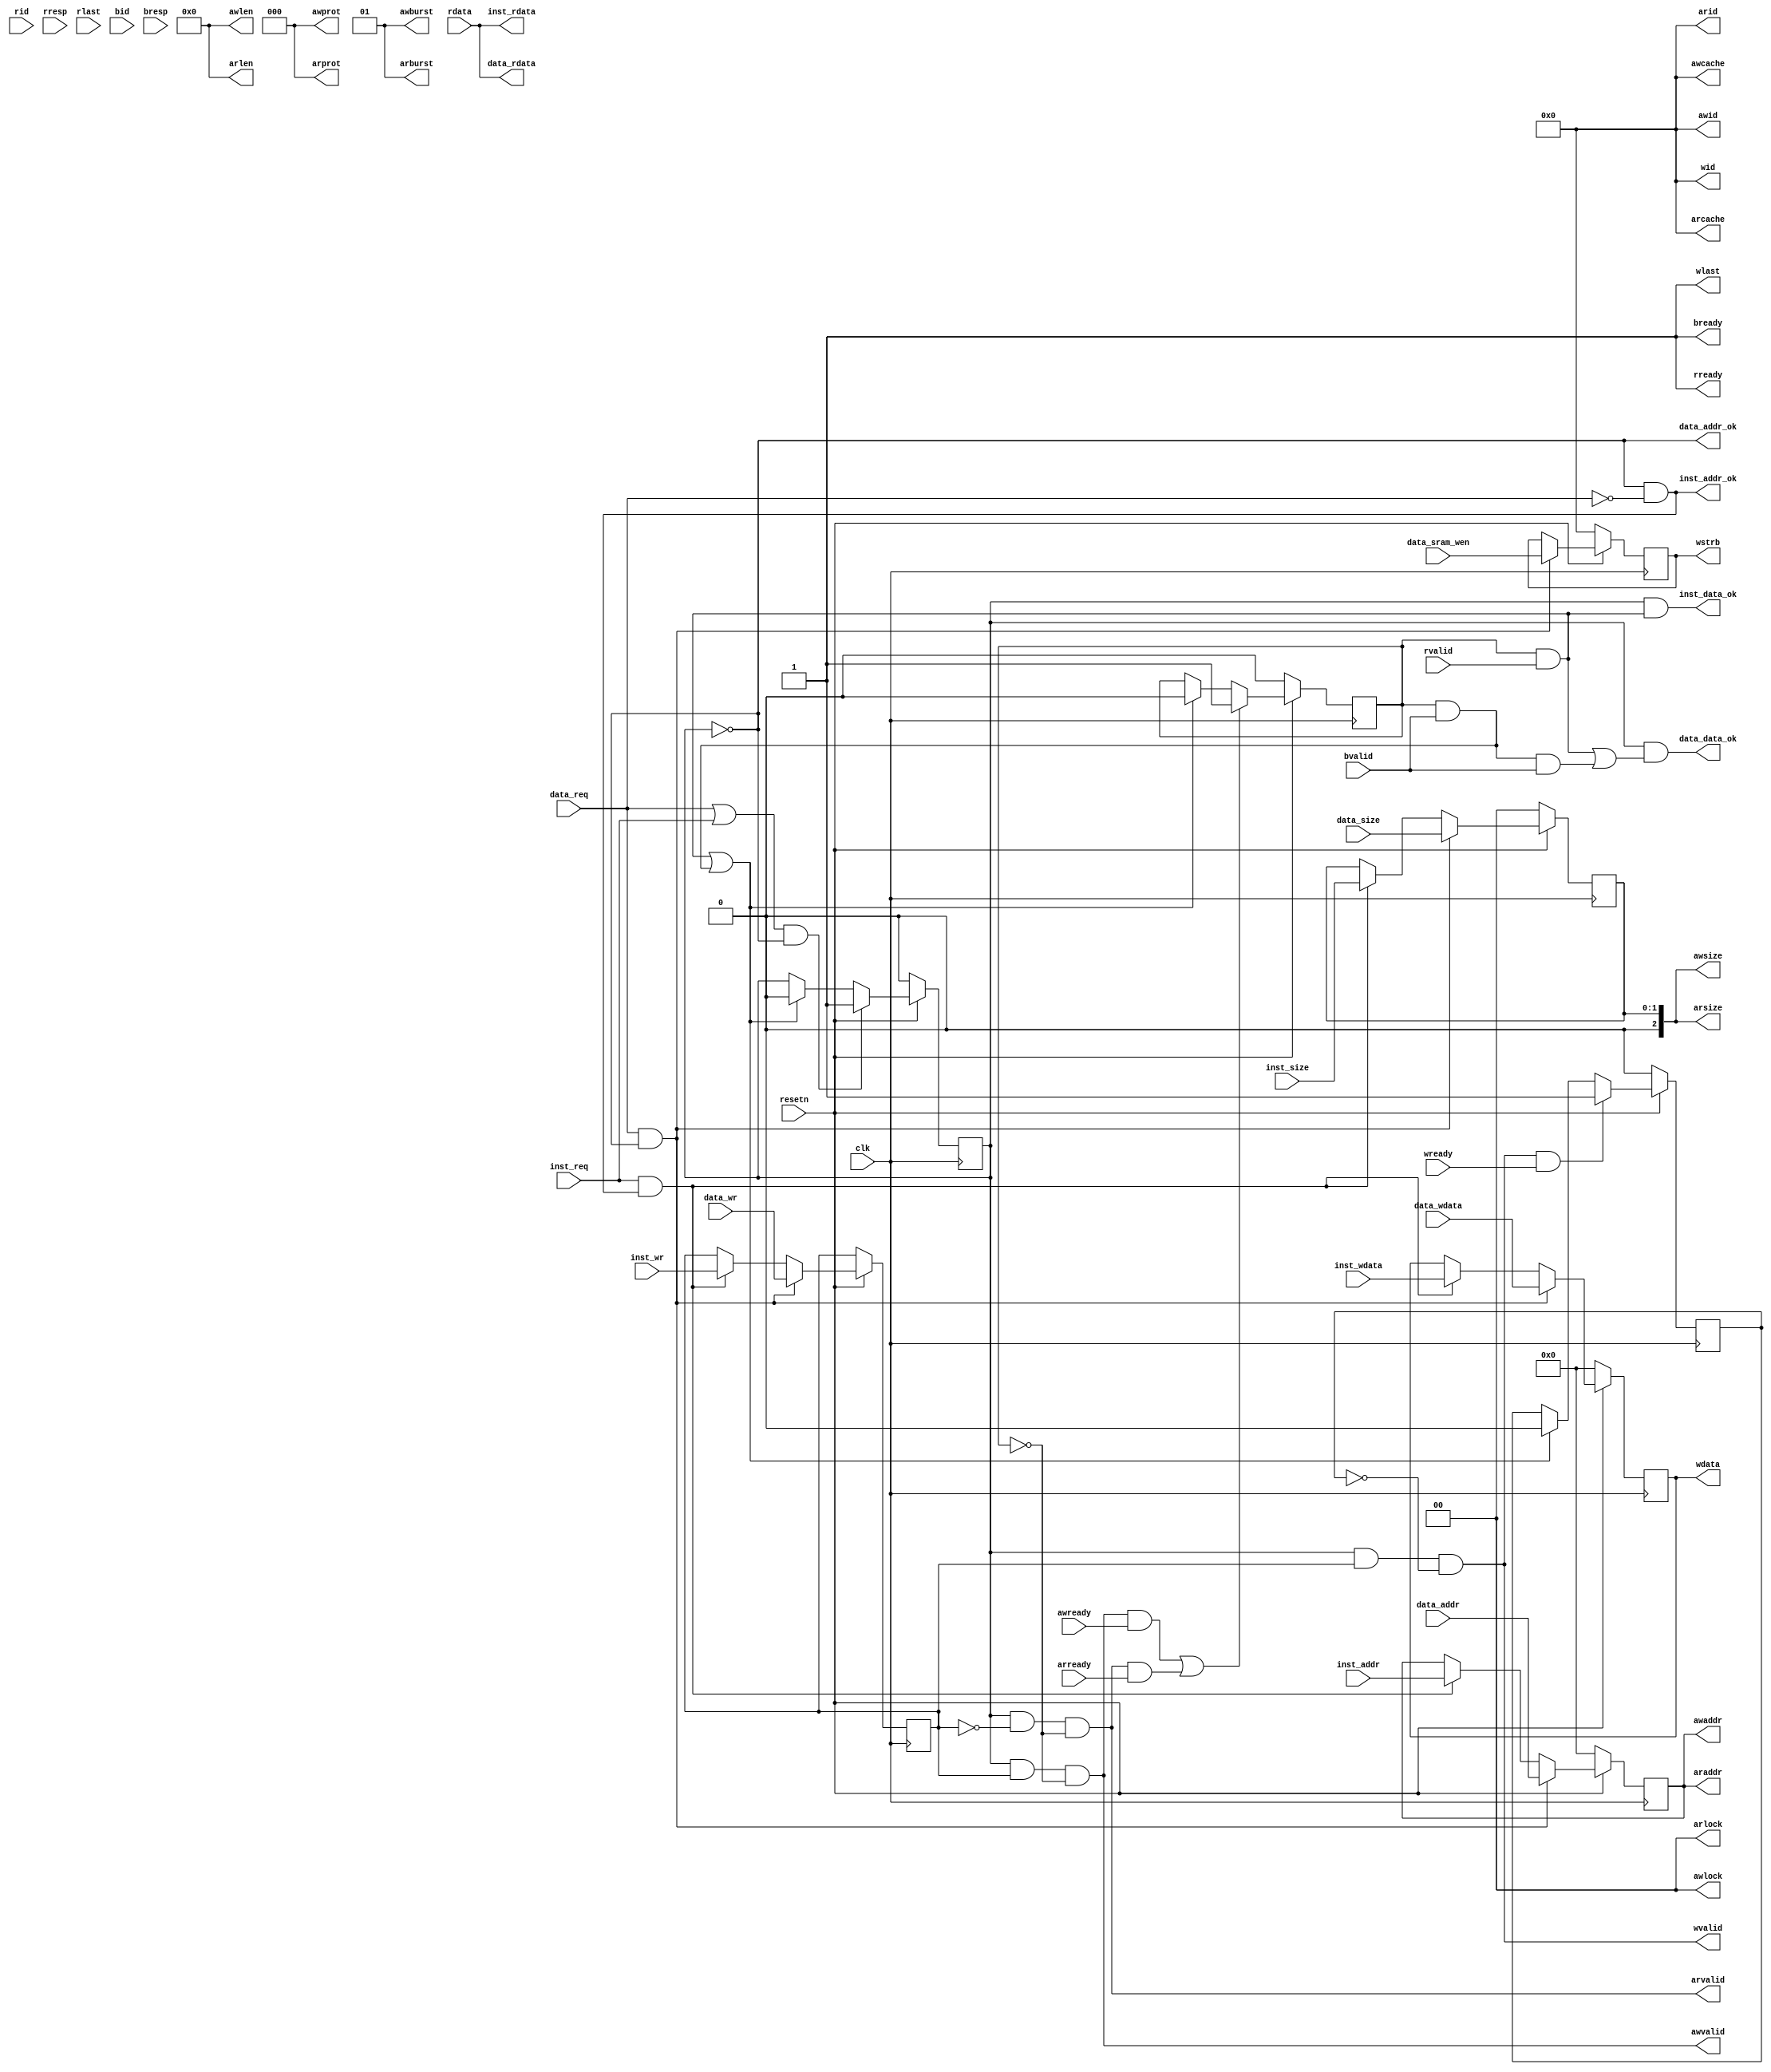
module cpu_axi_interface
(
    input         clk,
    input         resetn, 

	input  [ 3:0] data_sram_wen,
    //inst sram-like 
    input         inst_req     ,
    input         inst_wr      ,
    input  [1 :0] inst_size    ,
    input  [31:0] inst_addr    ,
    input  [31:0] inst_wdata   ,
    output [31:0] inst_rdata   ,
    output        inst_addr_ok ,
    output        inst_data_ok ,
    
    //data sram-like 
    input         data_req     ,
    input         data_wr      ,
    input  [1 :0] data_size    ,
    input  [31:0] data_addr    ,
    input  [31:0] data_wdata   ,
    output [31:0] data_rdata   ,
    output        data_addr_ok ,
    output        data_data_ok ,

    //axi
    //ar
    output [3 :0] arid         ,
    output [31:0] araddr       ,
    output [7 :0] arlen        ,
    output [2 :0] arsize       ,
    output [1 :0] arburst      ,
    output [1 :0] arlock       ,
    output [3 :0] arcache      ,
    output [2 :0] arprot       ,
    output        arvalid      ,
    input         arready      ,
    //r           
    input  [3 :0] rid          ,
    input  [31:0] rdata        ,
    input  [1 :0] rresp        ,
    input         rlast        ,
    input         rvalid       ,
    output        rready       ,
    //aw          
    output [3 :0] awid         ,
    output [31:0] awaddr       ,
    output [7 :0] awlen        ,
    output [2 :0] awsize       ,
    output [1 :0] awburst      ,
    output [1 :0] awlock       ,
    output [3 :0] awcache      ,
    output [2 :0] awprot       ,
    output        awvalid      ,
    input         awready      ,
    //w          
    output [3 :0] wid          ,
    output [31:0] wdata        ,
    output [3 :0] wstrb        ,
    output        wlast        ,
    output        wvalid       ,
    input         wready       ,
    //b           
    input  [3 :0] bid          ,
    input  [1 :0] bresp        ,
    input         bvalid       ,
    output        bready       
);
reg         req_reg;
reg         wr_reg;
reg         addr_sd;
reg         wdata_sd;
reg  [ 1:0] size_reg;
reg  [ 3:0] wen_reg;
reg  [31:0] addr_reg, wdata_reg;
wire        rcomplete, wcomplete;
always @ (posedge clk)
begin
	if(resetn)
	begin
		req_reg  <= (data_req || inst_req) & ~req_reg ? 1'b1 :
			        (rcomplete || wcomplete) ? 1'b0 : req_reg;
		wr_reg   <= data_req&&data_addr_ok ? data_wr :
		        	inst_req&&inst_addr_ok ? inst_wr : 
					wr_reg;
		size_reg <= data_req&&data_addr_ok ? data_size :
					inst_req&&inst_addr_ok ? inst_size : size_reg;
		addr_reg <= data_req&&data_addr_ok ? data_addr :
					inst_req&&inst_addr_ok ? inst_addr : addr_reg;
		wdata_reg <= data_req&&data_addr_ok ? data_wdata :
					 inst_req&&inst_addr_ok ? inst_wdata : wdata_reg;
		addr_sd  <= ((awvalid && awready) || (arvalid && arready)) ? 1'b1 :
			        (rcomplete || wcomplete) ? 1'b0 : 
					addr_sd;
		wdata_sd <= (wvalid && wready) ? 1'b1 :
			        (rcomplete || wcomplete) ? 1'b0 :
					wdata_sd;
		wen_reg <= data_req && data_addr_ok ? data_sram_wen : wen_reg;
	end else begin
		req_reg  <= 1'b0;
		size_reg <= 2'd0;
		addr_reg <= 32'd0;
		wdata_reg <= 32'd0;
		addr_sd  <= 1'd0;
		wdata_sd  <= 1'd0;
		wen_reg <= 4'd0;
	end
end

//inst sram-like
assign inst_rdata = rdata;
assign inst_addr_ok = ~req_reg && ~data_req;
assign inst_data_ok = req_reg && rcomplete;
//data sram-like
assign data_rdata = rdata;
assign data_addr_ok = ~req_reg;
assign data_data_ok = req_reg && (rcomplete || (wcomplete && bvalid));

assign rcomplete = addr_sd && (rvalid && rready);
assign wcomplete = addr_sd && (bvalid && bready);
// ar
assign arid    = 4'd0;
assign araddr  = addr_reg;
assign arlen   = 8'd0;
assign arsize  = size_reg;
assign arburst = 2'b01;
assign arlock  = 2'b00;
assign arcache = 4'd0;
assign arprot  = 3'd0;
assign arvalid = req_reg && ~wr_reg && ~addr_sd;
//r
assign rready  = 1'b1;
//aw
assign awid    = 4'd0;
assign awaddr  = addr_reg;
assign awlen   = 8'd0;
assign awsize  = size_reg;
assign awburst = 2'b01;
assign awlock  = 2'd0;
assign awcache = 4'd0;
assign awprot  = 3'd0;
assign awvalid = req_reg & wr_reg && ~addr_sd;

//w
assign wid     = 4'd0;
assign wdata   = wdata_reg;
assign wstrb   = wen_reg;
assign wlast   = 1'b1;
assign wvalid  = req_reg && wr_reg && ~wdata_sd;

//b
assign bready  = 1'b1;
endmodule